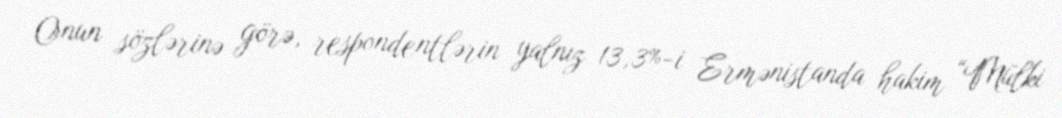
Onun sözlərinə görə, respondentlərin yalnız 13,3%-i Ermənistanda hakim “Mülki